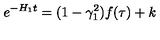
e ^ { - H _ { 1 } t } = ( 1 - \gamma _ { 1 } ^ { 2 } ) f ( \tau ) + k